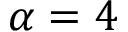
\alpha = 4